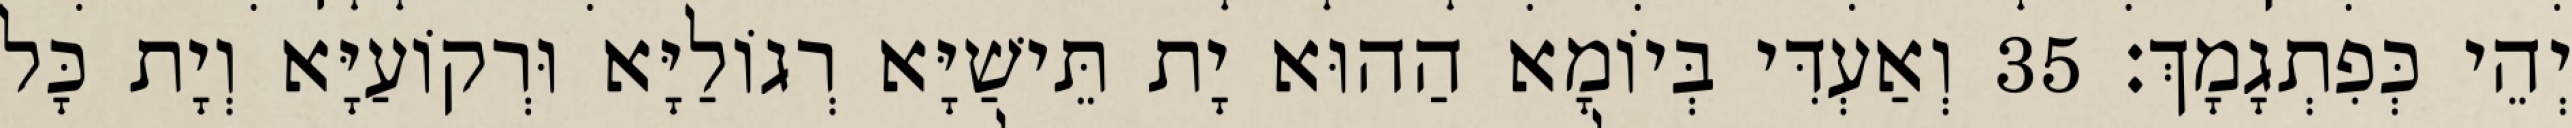
יְהֵי כְּפִתְגָמָךְ׃ 35 וְאַעְדִּי בְּיוֹמָא הַהוּא יָת תֵּישַׁיָּא רְגוֹלַיָּא וּרְקוֹעַיָּא וְיָת כָּל